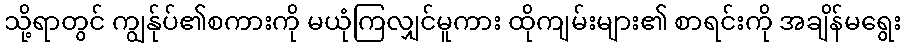
သို့ရာတွင် ကျွန်ုပ်၏စကားကို မယုံကြလျှင်မူကား ထိုကျမ်းများ၏ စာရင်းကို အချိန်မရွေး